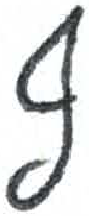
אות: ף